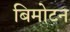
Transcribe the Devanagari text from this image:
बिमोटन